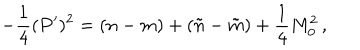
- \frac { 1 } { 4 } ( P ^ { \prime } ) ^ { 2 } = ( n - m ) + ( \tilde { n } - \tilde { m } ) + \frac { 1 } { 4 } M _ { 0 } ^ { 2 } \, ,